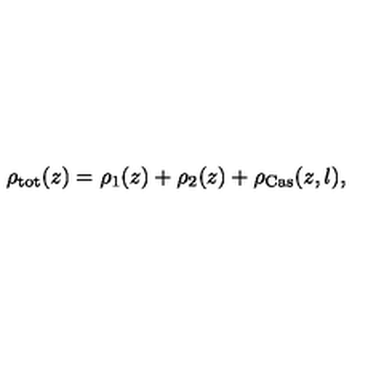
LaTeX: \rho _ { \mathrm { t o t } } ( z ) = \rho _ { 1 } ( z ) + \rho _ { 2 } ( z ) + \rho _ { \mathrm { C a s } } ( z , l ) ,